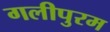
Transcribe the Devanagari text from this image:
गलीपुरम